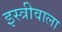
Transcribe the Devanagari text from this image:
इस्त्रीवाला